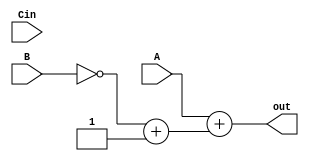
module subtract(A,B,Cin,out);

input [31:0]A;
input [31:0]B ;
input Cin;
output [31:0]out;

wire [31:0]Bsignal;
wire [31:0]Cinsignal;

assign Bsignal[31:0] = ~B[31:0] + 1'b1;
assign Cinsignal[31:0] = ~Cin;

assign out = A[31:0] + Bsignal[31:0];




endmodule